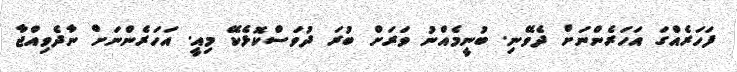
ފަހަރެއްގަ އަހަރެންނަށް ދެވޭނި. ބުނީމެއްނު ވަރަށް ބުރަ ދުވަސްކޮޅެކޭ މިއީ. އަހަރެންނަށް ނާދެވިއްޖާ